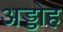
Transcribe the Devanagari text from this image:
अड्डोह